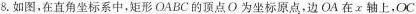
8.如图，在直角坐标系中，矩形OABC的顶点O为坐标原点，边OA在x轴上，OC